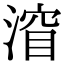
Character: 㴭